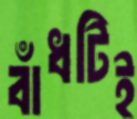
বাঁধটিই